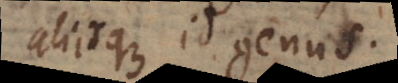
aliisque id genus.